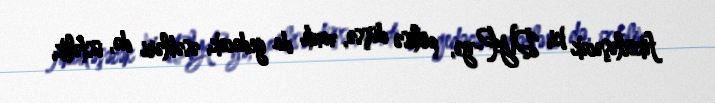
fikirləşəcək ki, DYP-yə, polisə düşsə, vaxtı da gedəcək, əsəbləri də, üstəlik,